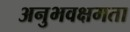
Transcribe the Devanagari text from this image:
अनुभवक्षमता